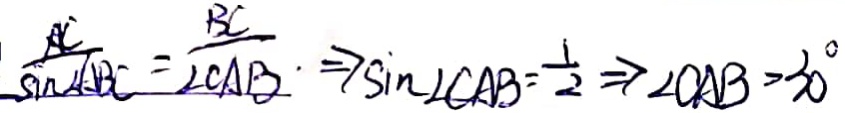
\frac { A C } { \sin \angle A B C } = \frac { B C } { \angle C A B } \cdot \Rightarrow \sin \angle C A B = \frac { 1 } { 2 } \Rightarrow \angle C A B = 3 0 ^ { \circ }